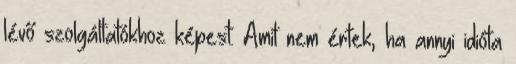
lévő szolgáltatókhoz képest. Amit nem értek, ha annyi idióta